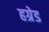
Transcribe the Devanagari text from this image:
हग्रेड